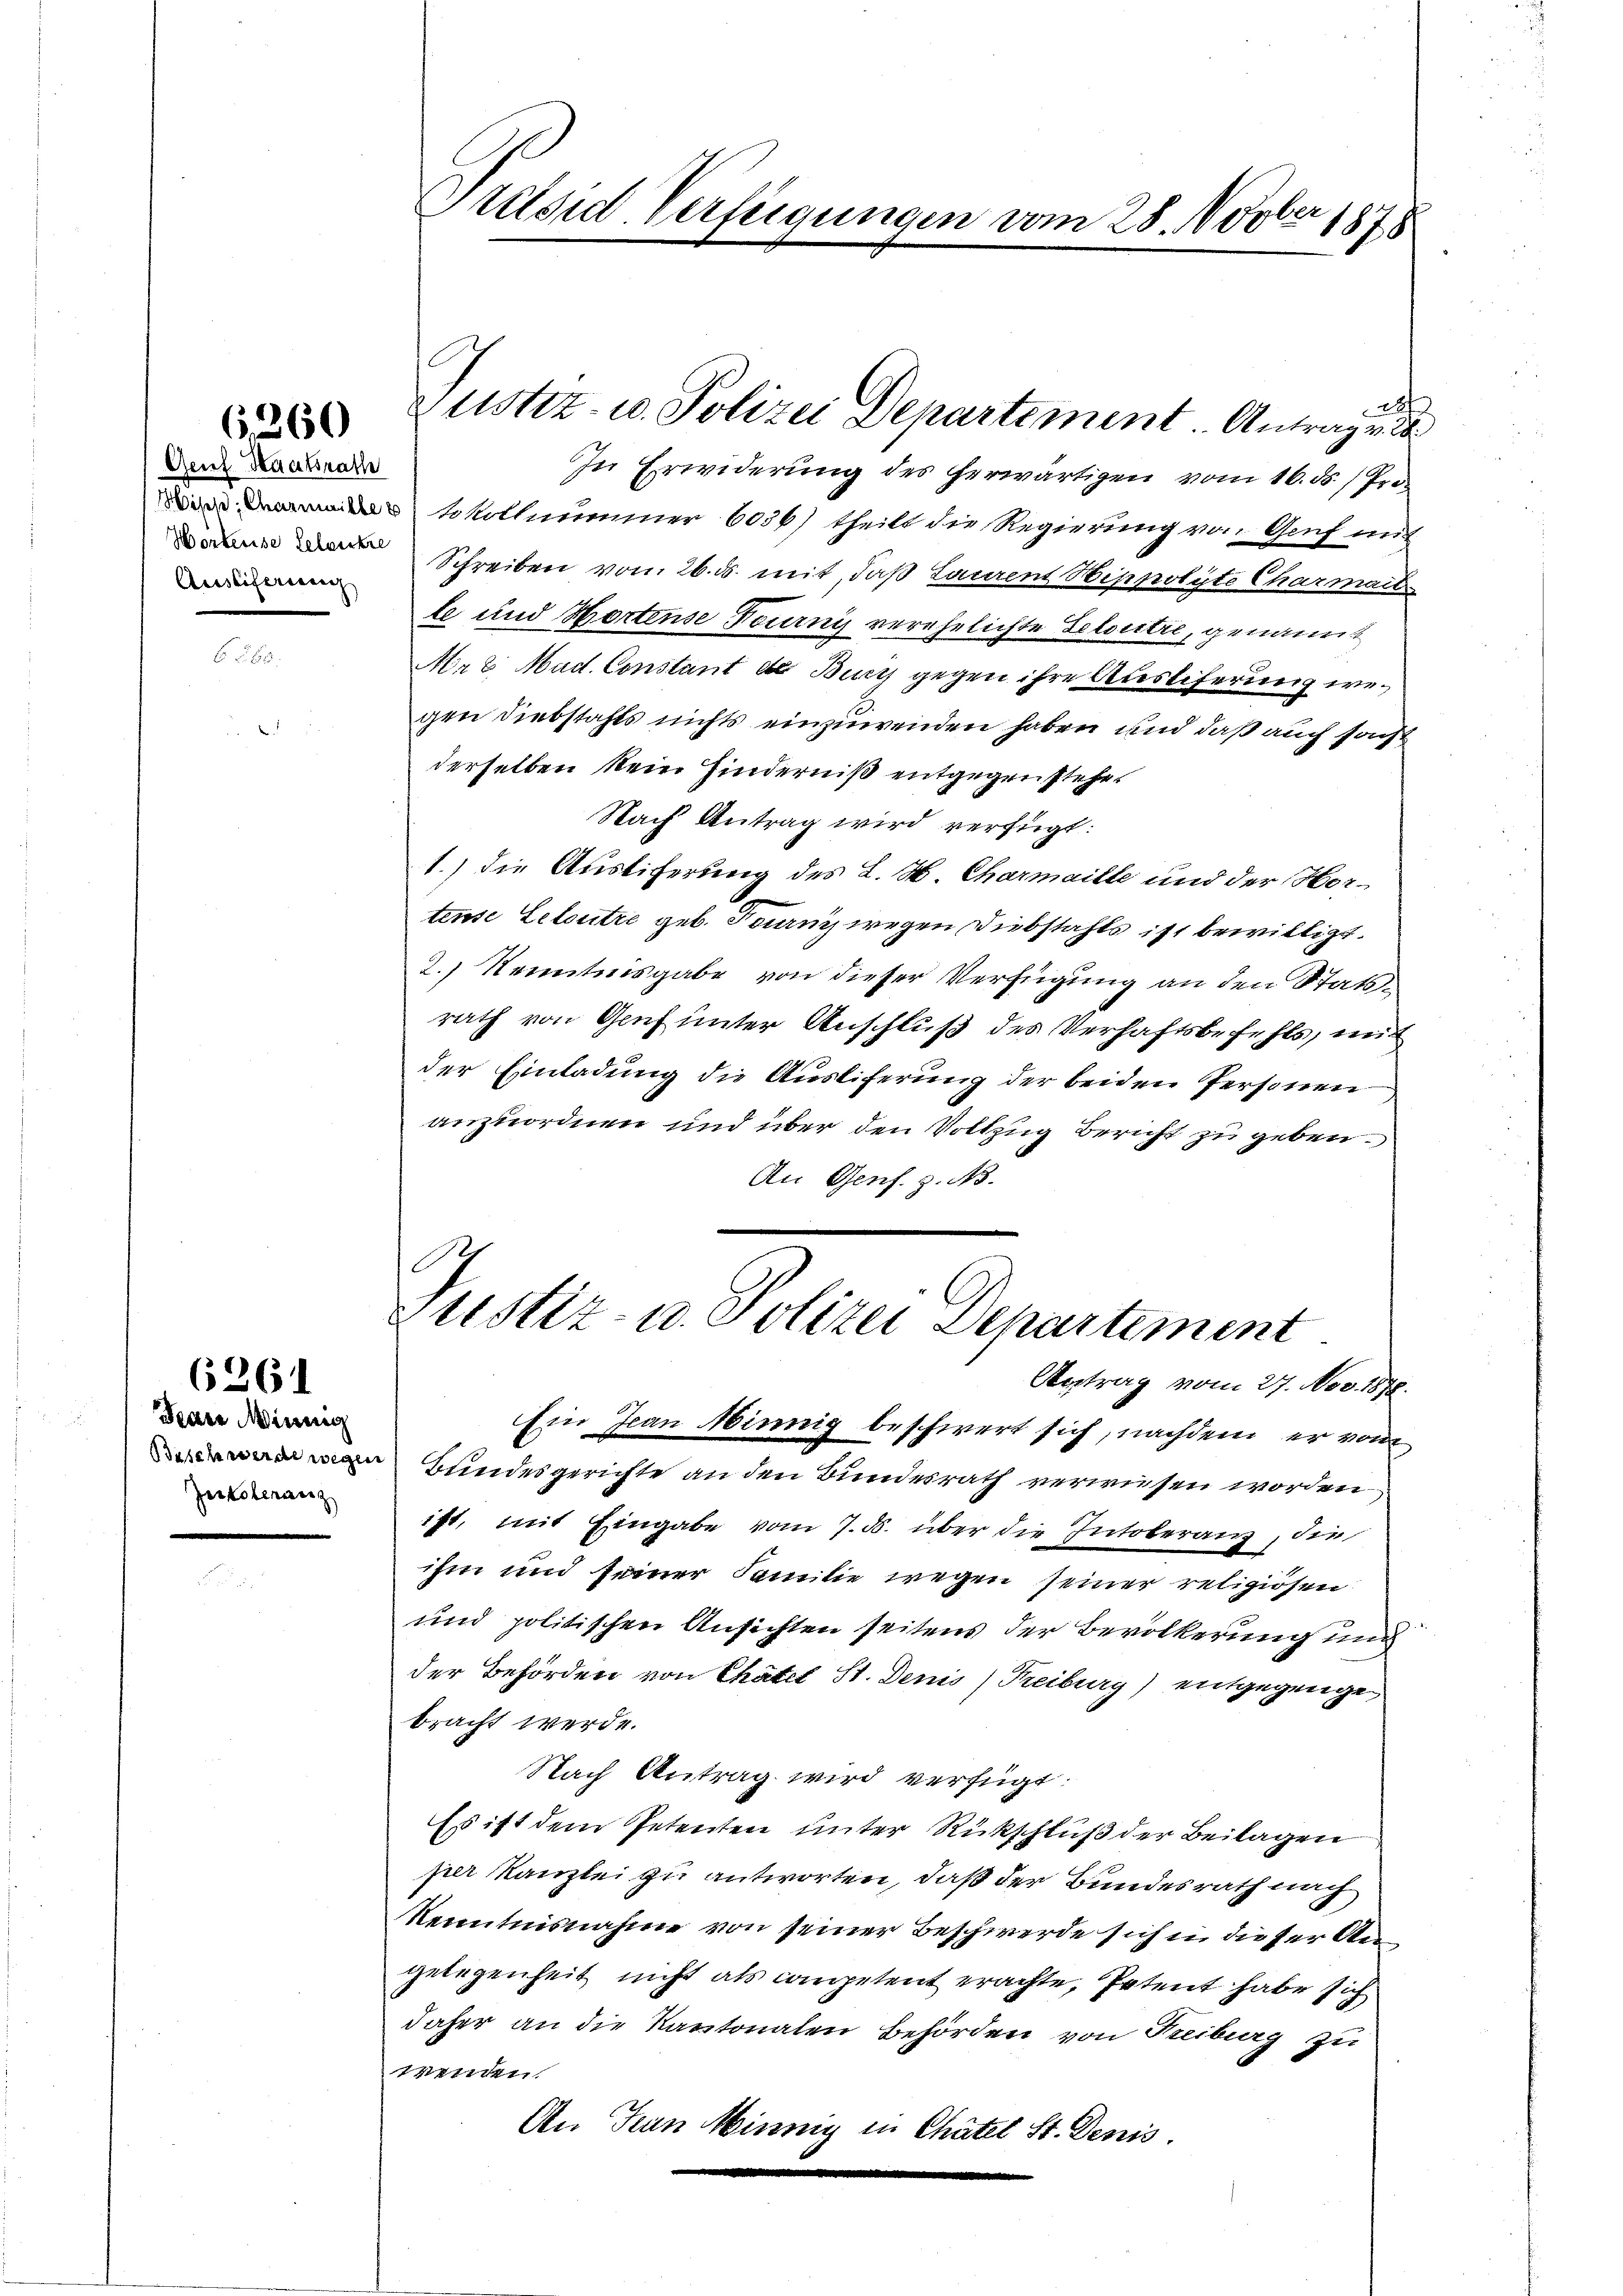
6,260

Gent Staatsrathe
Ausliserieng

Hau Mining
Beschwerde wegen
Zekoleranz

6261

Présid Verfügungen vom 28. Novber 1878

Justiz- u. Polizei Departement Antrage d

24.
In Erwiderung des herwärtigen vom 16. ds Pro¬
Sokollnummer 6036) theilt die Regierung von Genf mit
Schreiben von 26. ds. mit, daß Laurens kippolyte Charmach
te und Hortense Tournis verehelichte Seloritze, genannt
Max Mad. Constant de Burg gegen ihre Auslieferung wegen Diebstahls nichts einzuwenden haben und daß auch sonst
derselben kein Hinderniß entgegen stehe.
Nach Antrag wird verfügt:
1.) Die Austiferung des L. W. Charmaille und der Hortense Seloutre geb. Tanz wegen Diebstahls ist bewilligt.
2.) Kenntnisgabe von dieser Verfügung an den Statsrath von Gruf unter Anschluß des Verhaftsbefehls, mit
der Einladung die Ausliferung der beiden Personen
anzuordnen und über den Vollzug Bericht zu geben.
An Genf. z. A.
C
Justiz- u. Polizei Departement
Antrag vom 27. Nov. 1878.
Ein Jean innig beschwert sich, nachdem er von
Bundesgerichte an den Bundesrath verwiesen worden
ist, mit Eingabe vom 7. d. über die Intoleranz, die
ihm und seiner Familie wegen seiner religiösen.
und politischen Ansichten seitens der Bevölkerung und
der Behörden von Chätel St. Denis) Freiburg) entgegenge
bracht werde.
Nach Antrag wird verfügt:
Es ist dem Petenten unter Rückschluß der Beilagen
per Kanzlei zu antworten, daß der Bundesrath nach
Kenntnisnahme von seiner Beschwerde sich in dieser Angelegenheit nicht als competent erachte, Petent habe sich
daher an die Kantonalen Behörden von Kreiburg zu
wenden.
An Turn Minnig in Chätel St. Denis.